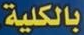
بالكلية.